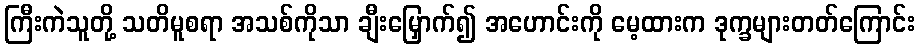
ကြီးကဲသူတို့ သတိမူစရာ အသစ်ကိုသာ ချီးမြှောက်၍ အဟောင်းကို မေ့ထားက ဒုက္ခများတတ်ကြောင်း